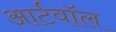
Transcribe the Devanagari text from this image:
आर्टवॉल